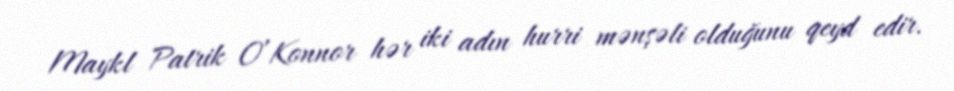
Maykl Patrik O’Konnor hər iki adın hurri mənşəli olduğunu qeyd edir.